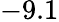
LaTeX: -9.1